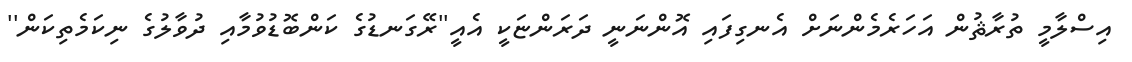
އިސްލާމީ ތުރާޘުން އަހަރެމެންނަށް އެނގިފައި އޮންނަނީ ދަރަންޏަކީ އެއީ''ރޭގަނޑުގެ ކަންބޮޑުވުމާއި ދުވާލުގެ ނިކަމެތިކަން''